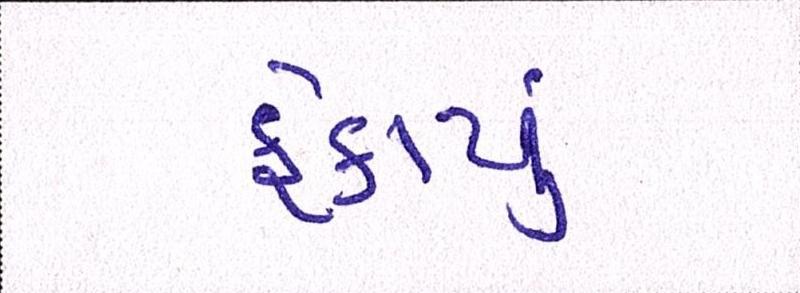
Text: ફેકાયું